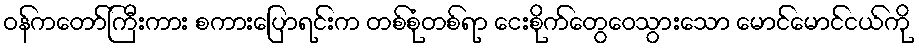
ဝန်ကတော်ကြီးကား စကားပြောရင်းက တစ်စုံတစ်ရာ ငေးစိုက်တွေဝေသွားသော မောင်မောင်ငယ်ကို